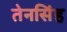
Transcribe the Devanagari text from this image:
तेनसिंह